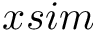
x s i m